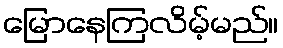
မြောနေကြလိမ့်မည်။